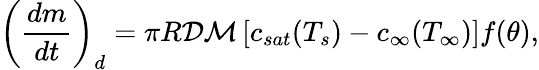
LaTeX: \left(\frac{dm}{dt}\right)_{d}=\pi R{\cal D}{\cal M}\left[c_{sat}(T_{s})-c_{\infty}(T_{\infty})\right]f(\theta),